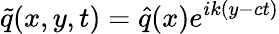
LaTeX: \tilde{q}(x,y,t)=\hat{q}(x)e^{ik(y-ct)}